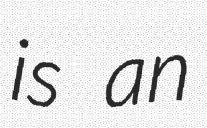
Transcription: is an